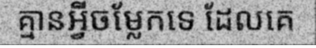
គ្មានអ្វីចម្លែកទេ ដែលគេ